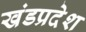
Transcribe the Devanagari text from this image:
खंडप्रदेश